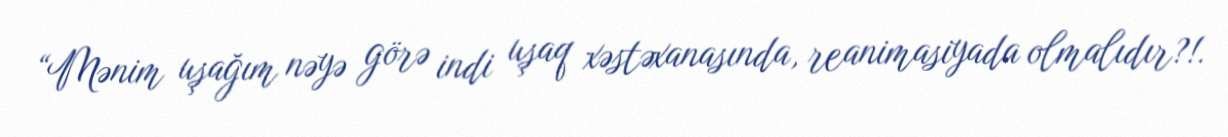
“Mənim uşağım nəyə görə indi uşaq xəstəxanasında, reanimasiyada olmalıdır?!.